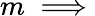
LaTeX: m\implies